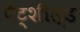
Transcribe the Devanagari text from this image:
पैट्शील्ड